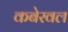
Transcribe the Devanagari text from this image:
कबेरवल